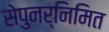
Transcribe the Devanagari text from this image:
सेपुनर्निमित